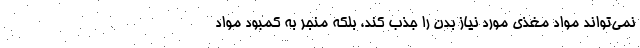
نمی‌تواند مواد مغذی مورد نیاز بدن را جذب کند، بلکه منجر به کمبود مواد